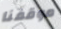
موقفنا